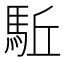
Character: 駈